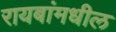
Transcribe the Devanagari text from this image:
रायबांमधील